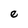
Character: e